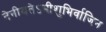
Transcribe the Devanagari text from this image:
नेनीयतेऽभीशुभिर्वाजिन